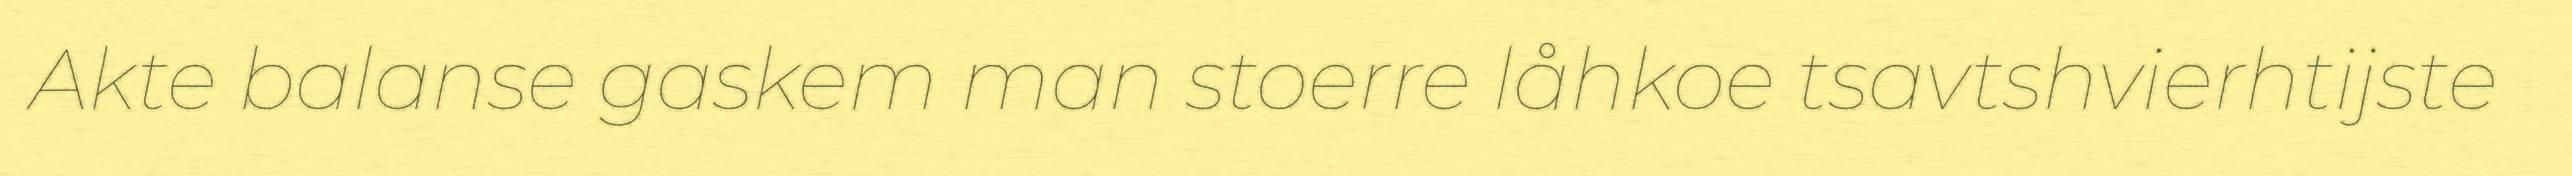
Akte balanse gaskem man stoerre låhkoe tsavtshvierhtijste